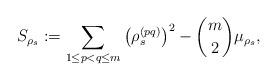
LaTeX: \begin{align*} S_{\rho_s} := \sum_{1 \leq p < q \leq m} \left(\rho^{(pq)}_s\right)^2 - {m \choose 2} \mu_{\rho_s},\end{align*}